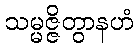
သမ္မဇ္ဇိတွာနဟံ